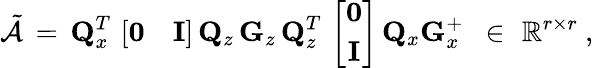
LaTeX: \tilde{\mathcal{A}}\, =\, {\mathbf Q}_{x}^{T}\, \left[\begin{array}{cc}{{\mathbf 0}}&{{\mathbf I}}\end{array}\right]\, {\mathbf Q}_{z}\, {\mathbf G}_{z}\, {\mathbf Q}_{z}^{T}\, \left[\begin{array}{c}{{\mathbf 0}}\\ {{\mathbf I}}\end{array}\right]\, {\mathbf Q}_{x}{\mathbf G}_{x}^{+}\, \, \, \in\, \, \mathbb{R}^{r\times r}\mathrm{~,~}